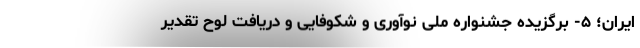
ایران؛ ۵- برگزیده جشنواره ملی نوآوری و شکوفایی و دریافت لوح تقدیر